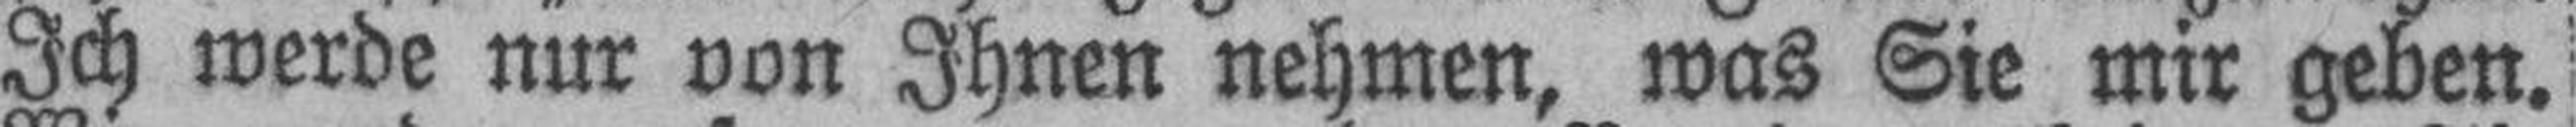
Ich werde nur von Ihnen nehmen, was Sie mir geben.